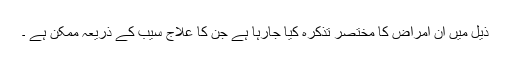
ذیل میں ان امراض کا مختصر تذکرہ کیا جارہا ہے جن کا علاج سیب کے ذریعہ ممکن ہے ۔